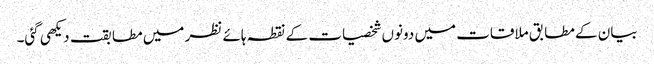
بیان کے مطابق ملاقات میں دونوں شخصیات کے نقطہ ہائے نظر میں مطابقت دیکھی گئی۔